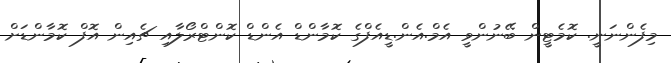
މިފެންނަނީ. ކޮމެޓީން ބޭނުންވީ އެމް.އެން.ޑީއެފްގެ ކޮމާންޑް އެންޑް ކޮންޓްރޯލާއި ޗެއިން އޮފް ކޮމާންޑަށް